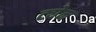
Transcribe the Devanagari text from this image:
ट्येन